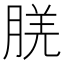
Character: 𬁿